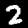
Label: 2